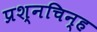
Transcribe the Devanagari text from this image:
प्रश्‍नचिन्ह